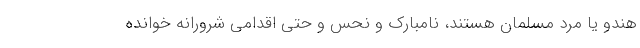
هندو یا مرد مسلمان هستند، نامبارک و نحس و حتی اقدامی شرورانه خوانده